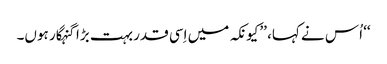
‘‘ اُس نے کہا، ’’کیونکہ میں اِسی قدر بہت بڑا گنہگار ہوں۔